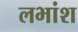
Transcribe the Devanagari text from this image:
लभांश